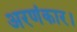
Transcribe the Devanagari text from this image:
अरणंकार।